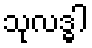
သုလဒ္ဓါ